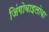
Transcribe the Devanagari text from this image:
जिंगोबाइलोबा